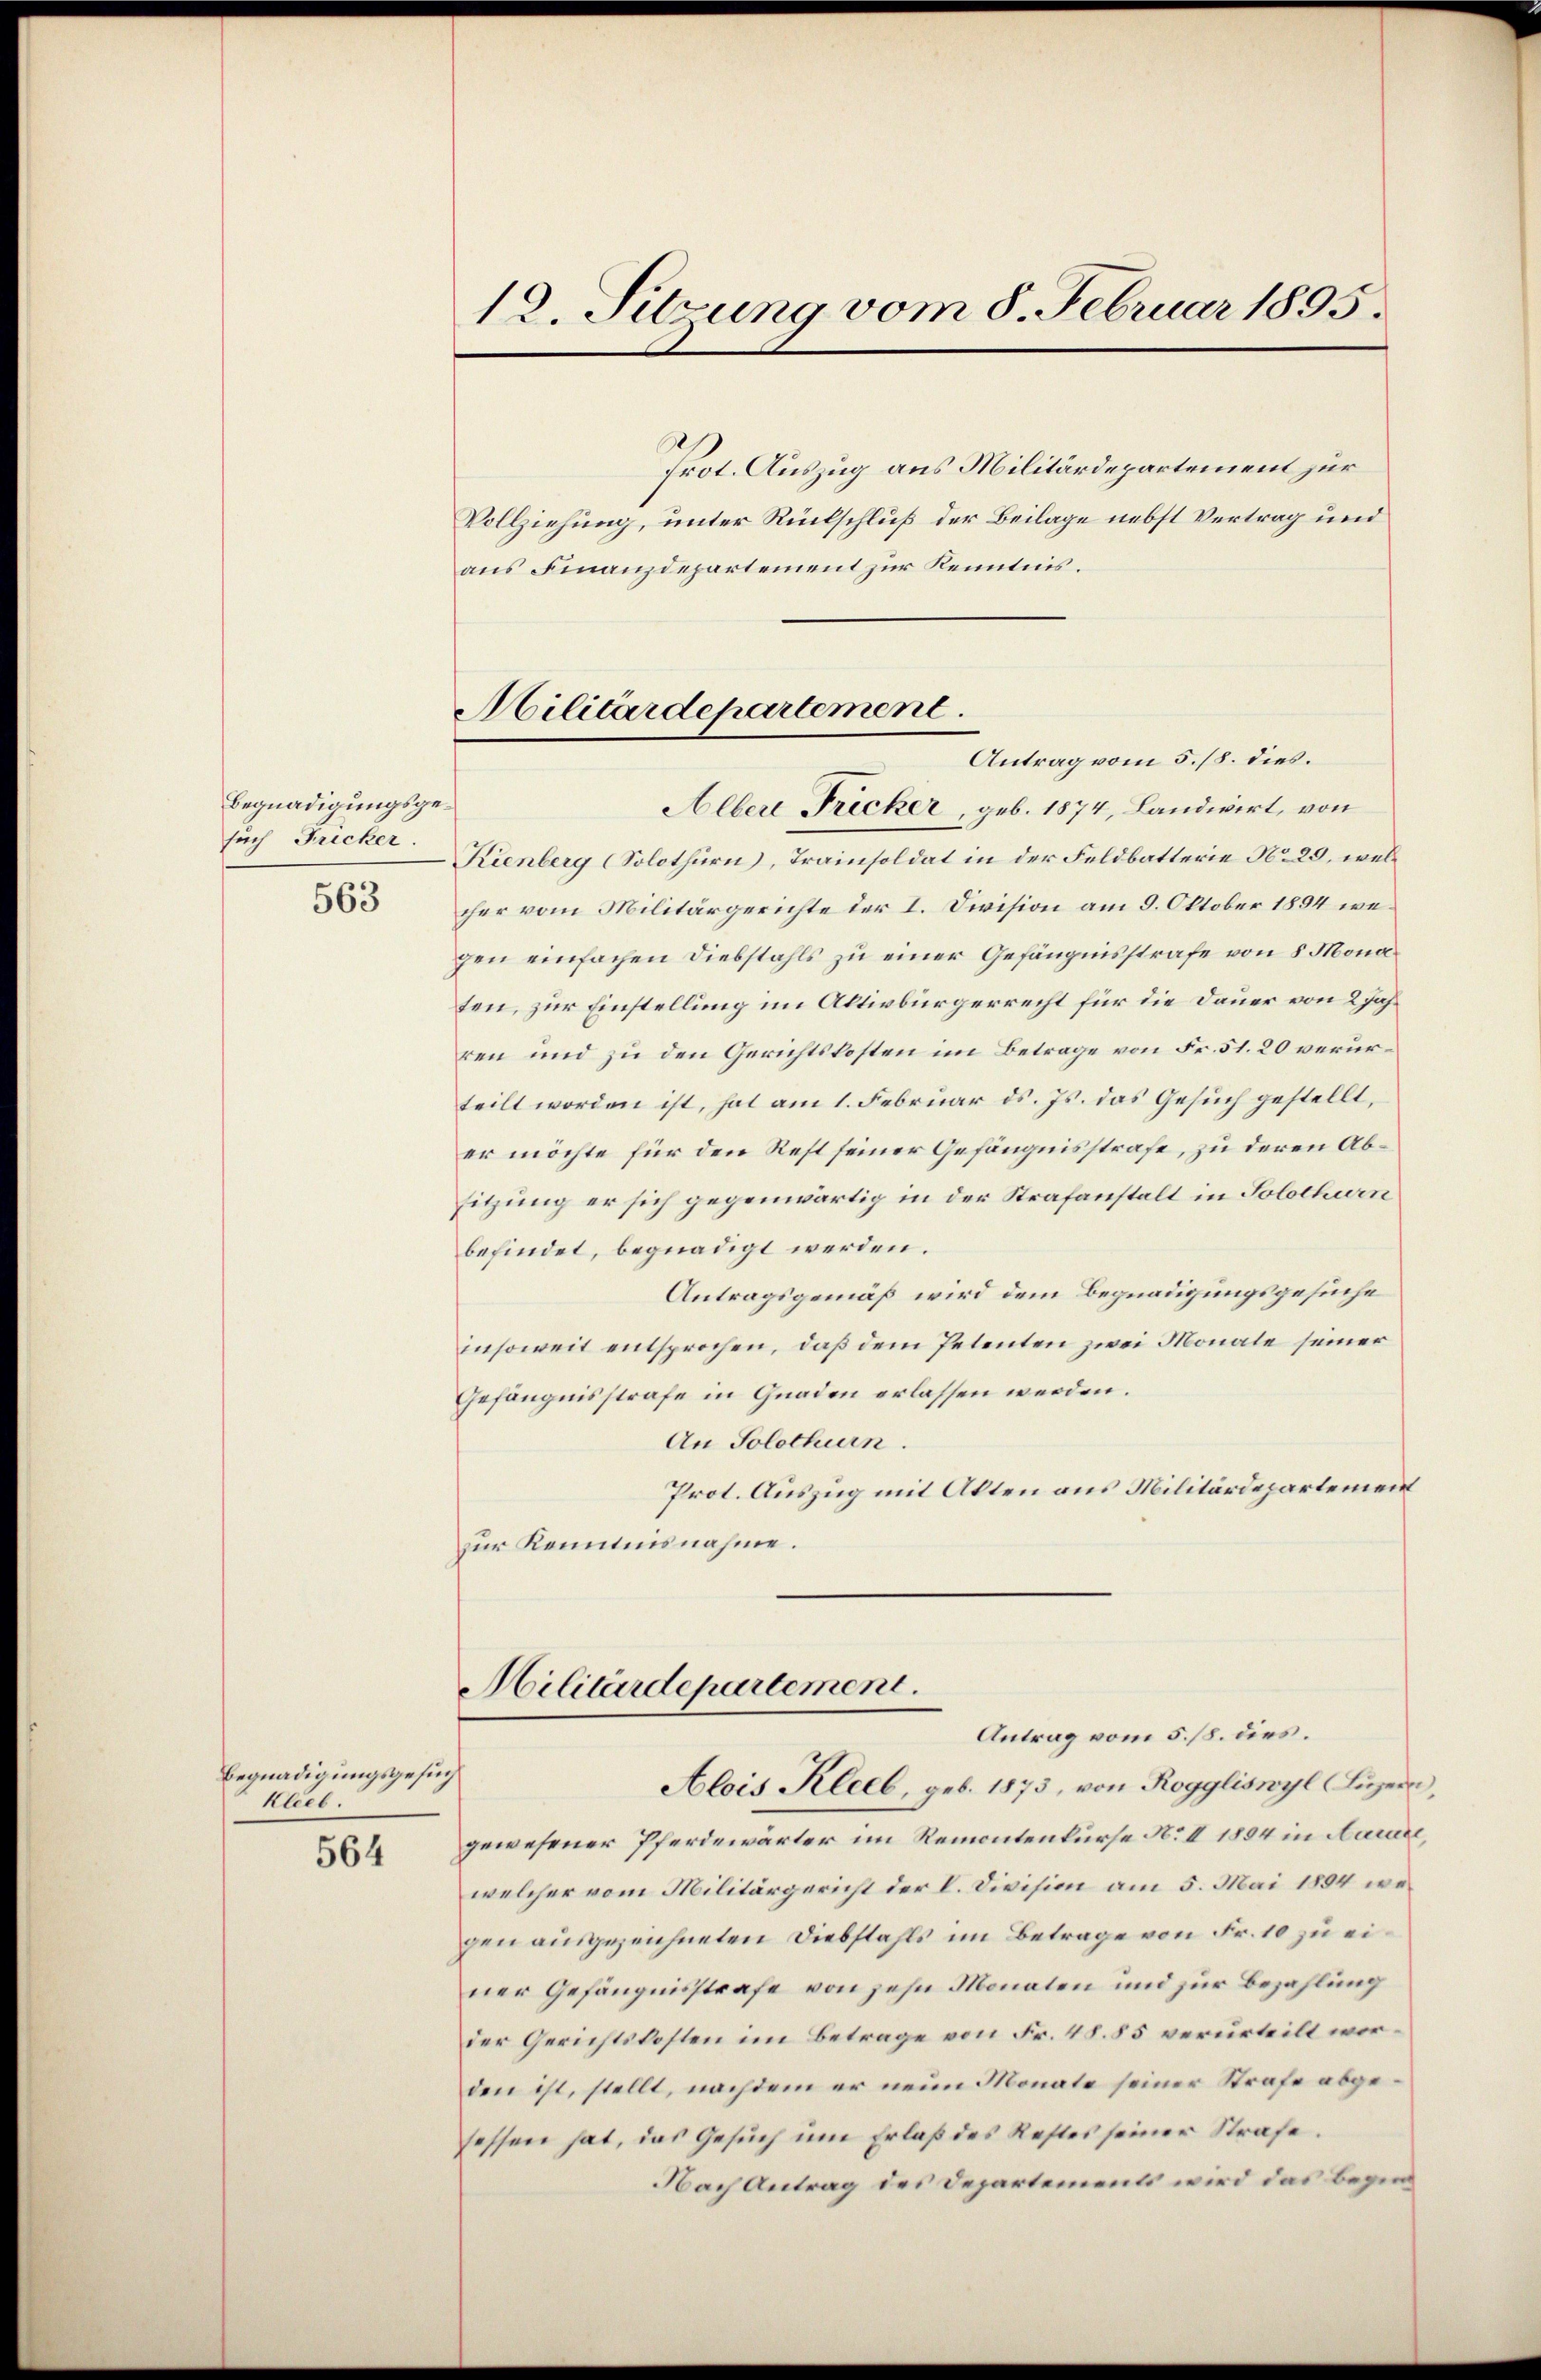
Begnadigungsgesuch Fricker.

563

Begnadigungsgesuch
Klieb

564

12. Sitzung vom 8. Februar 1895.

Militärdepartement.
Antrag vom 5./8. dies.

Prot. Auszug aus Militärdepartement zur
Vollziehung, unter Rückschluß der Beilage nebst Vertrag und
aus Finanzdepartement zur Kenntnis.
Alber Fricker, geb. 1874, Landwirt, von
Kienberg (Solothurn, Trainsoldat in der Feldbatterie No 29, welcher vom Militärgerichte der I. Division am 9. Oktober 1894 wegen einfachen Diebstahls zu einer Gefängnisstrafe von 8 Monaten, zur Einstellung im Altivbürgerrecht für die Dauer von 2 Jahren und zu den Gerichtskosten im Betrage von Fr. 51. 20 verurteilt worden ist, hat am 1. Februar d. Js. das Gesuch gestellt,
er möchte für den Rest seiner Gefängnisstrafe, zu deren Absitzung er sich gegenwärtig in der Strafanstalt in Solothurn
befindet, begnadigt werden.
Antragsgemäß wird dem Begnadigungsgesuche
insoweit entsprochen, daß dem Petenten zwei Monate seiner
Gefängnisstrafe in Gnaden erlassen werden.
An Solothurn.
Prot. Auszug mit Akten aus Militärdepartement
zur Kenntnisnahme.

Militärdepartement.
Antrag vom 5./8. dies.

Alois Kleeb, geb. 1873, von Roggliswyl (Luzern,
gewesener Pferdewärter im Remontenkurse No II 1894 in Nature,
welcher vom Militärgericht der L. Division am 5. Mai 1894 wegen ausgezeichneten Diebstahls im Betrage von Fr. 10 zu einer Gefängnisstrafe von zehn Monaten und zur Bezahlung
der Gerichtskosten im Betrage von Fr. 48. 85 verurteilt worden ist, stellt, nachdem er neun Monate seiner Strafe abgesessen hat, das Gesuch um Erlaß des Restes seiner Strafe.
Nach Antrag des Departements wird das Bezir¬